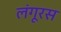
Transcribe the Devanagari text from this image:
लंगूरस